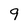
Character: 9